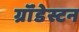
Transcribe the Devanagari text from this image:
ग्रॉंडेस्टन